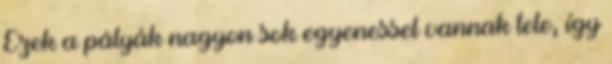
Ezek a pályák nagyon sok egyenessel vannak tele, így